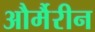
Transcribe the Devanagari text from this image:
और्मैरीन